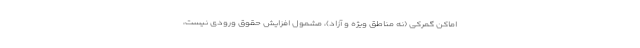
اماکن گمرکی (نه مناطق ویژه و آزاد)، مشمول افزایش حقوق ورودی نیست،